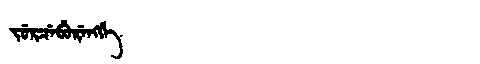
Manchu: ᠵᡠᡵᠴᡝᠪᡠᡵᡝᠩᡤᡝ
Romanization: JURCEBURENGGE